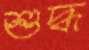
শুদ্ধ